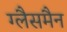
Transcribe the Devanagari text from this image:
ग्लैसमैन